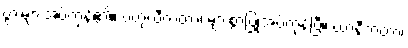
ပွားများအပ်ကုန်၏။ ဗဟုလီကတာ၊ များစွာပြုအပ်ကုန်ပြီ။ ယာနီကတာ၊